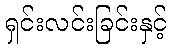
ရှင်းလင်းခြင်းနှင့်